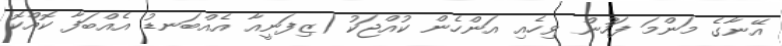
އޭނާގެ މަންމަ ފަހުން ވިހެއި އަންހެން ކުއްޖަކު (ޒިފަނީއާ އެއްބަނޑު އެއްބަފާ ކޮއްކޮ